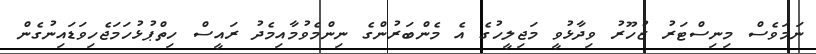
ނަމަވެސް މިނިސްޓަރު ޒުހޫރު ވިދާޅުވީ މަޖިލީހުގެ އެ މެންބަރުންގެ ނިންމެވުމާއިމެދު ރައީސް ހިތްޕުޅުހަމަޖެހިވަޑައިނުގެން